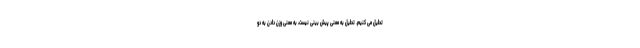
تحلیل می کنیم. تحلیل به معنی پیش بینی نیست، به معنی وزن دادن به دو